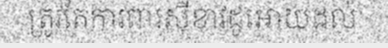
ត្រូវតែការពារស៊ីខាវដូអោយដល់